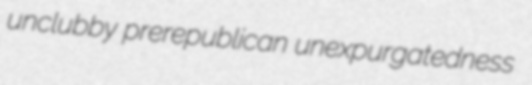
unclubby prerepublican unexpurgatedness